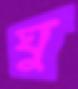
ঘু